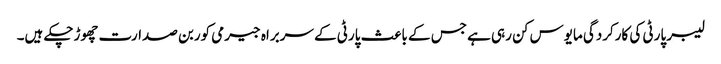
لیبر پارٹی کی کارکردگی مایوس کن رہی ہے جس کے باعث پارٹی کے سربراہ جیرمی کوربن صدارت چھوڑچکے ہیں۔